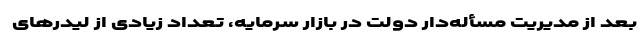
بعد از مدیریت مسأله‌دار دولت در بازار سرمایه، تعداد زیادی از لیدرهای